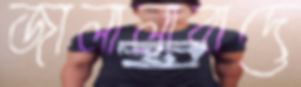
জালালাবাদে